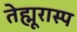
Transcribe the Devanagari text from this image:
तेह्मूरास्प